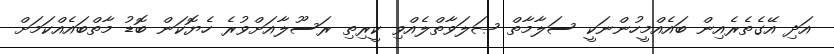
އަދި އޭގެތެރެއިން ބައެއްމީހުންނަކީ ސަލާމާތް ޞަލަވާތްލެއްވި ކީރިތި ރަސޫލާއަށްވުރެ ހެޔޮކަން ބޮޑު މާތްބައެއްކަމަށް